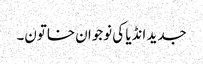
جدید انڈیا کی نوجوان خاتون۔